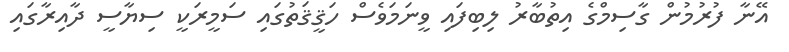
އޭނާ ފުރުމުން ގާސިމްގެ އިތުބާރު ލިބިފައި ވީނަމަވެސް ހަޤީޤަތުގައި ސަމީރަކީ ސިޔާސީ ދާއިރާގައި